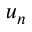
u _ { n }